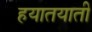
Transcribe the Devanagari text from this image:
हयातयाती